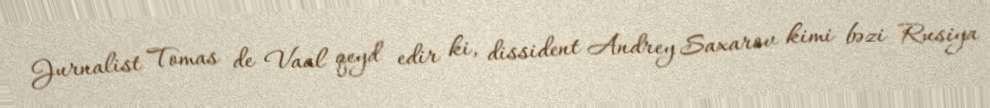
Jurnalist Tomas de Vaal qeyd edir ki, dissident Andrey Saxarov kimi bəzi Rusiya